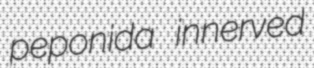
peponida innerved